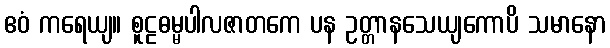
ဧဝံ ကရေယျ။ စူဠဓမ္မပါလဇာတကေ ပန ဥတ္တာနသေယျကောပိ သမာနော